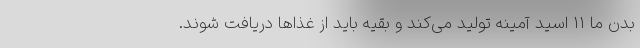
بدن ما ۱۱ اسید آمینه تولید می‌کند و بقیه باید از غذا‌ها دریافت شوند.